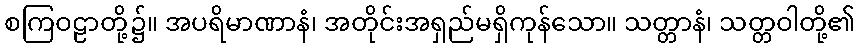
စကြဝဠာတို့၌။ အပရိမာဏာနံ၊ အတိုင်းအရှည်မရှိကုန်သော။ သတ္တာနံ၊ သတ္တဝါတို့၏